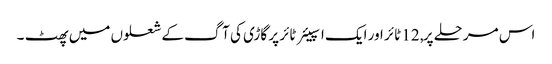
اس مرحلے پر, 12 ٹائر اور ایک اسپیئر ٹائر پر گاڑی کی آگ کے شعلوں میں پھٹ ۔